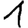
Digit: 1